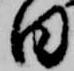
日